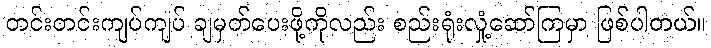
တင်းတင်းကျပ်ကျပ် ချမှတ်ပေးဖို့ကိုလည်း စည်းရုံးလှုံ့ဆော်ကြမှာ ဖြစ်ပါတယ်။